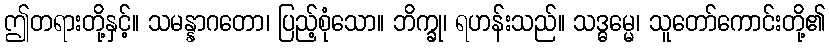
ဤတရားတို့နှင့်။ သမန္နာဂတော၊ ပြည့်စုံသော။ ဘိက္ခု၊ ရဟန်းသည်။ သဒ္ဓမ္မေ၊ သူတော်ကောင်းတို့၏